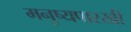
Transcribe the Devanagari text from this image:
मनुष्यपारखी